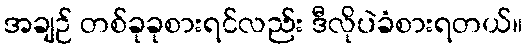
အချဉ် တစ်ခုခုစားရင်လည်း ဒီလိုပဲခံစားရတယ်။